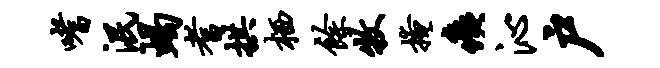
嗜泯蝎耆拱栖余牧掩痍沁户